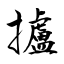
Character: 攎